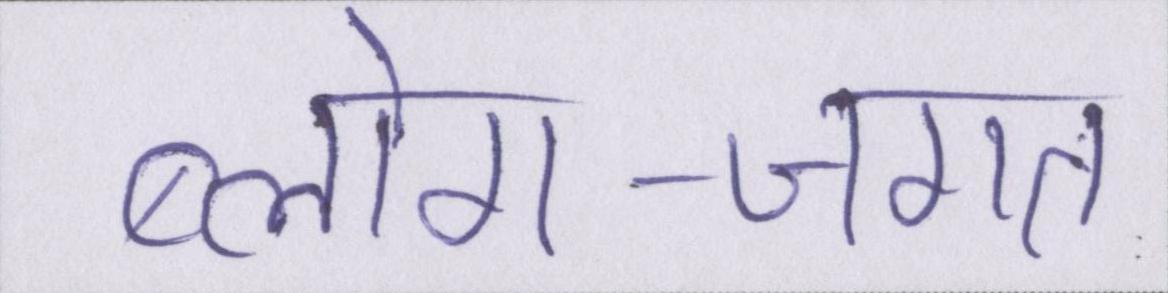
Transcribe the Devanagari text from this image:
ब्लोग-जगत